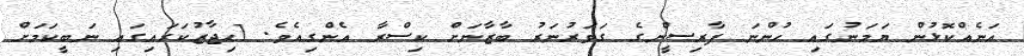
އަނެއްކޮޅުން ޔަމަނުގައި ހުންނަ ފާރިސީންގެ ގަވަރުނަރު ބާޒާނަށް ކިސްރާ އެންގިއެވެ. [ޙިޖާޒުކަރައިގައި ނަބީކަމަށް